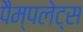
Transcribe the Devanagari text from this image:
पैम्पलेट्स